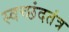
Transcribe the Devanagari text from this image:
स्वच्छंदतंत्र